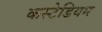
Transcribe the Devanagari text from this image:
कस्टेडियम